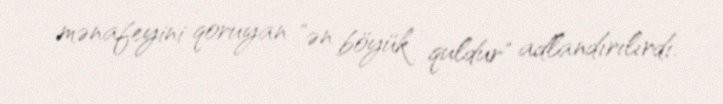
mənafeyini qoruyan "ən böyük quldur" adlandırılırdı.